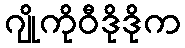
ဂျိုကိုဝီဒိုဒိုက